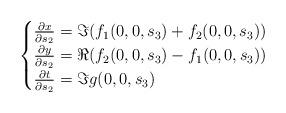
LaTeX: \begin{align*}\begin{cases}\frac{\partial x}{\partial s_2}=\Im(f_1(0,0,s_3)+f_2(0,0,s_3))\\\frac{\partial y}{\partial s_2}=\Re(f_2(0,0,s_3)-f_1(0,0,s_3))\\\frac{\partial t}{\partial s_2}=\Im g(0,0,s_3)\end{cases}\end{align*}